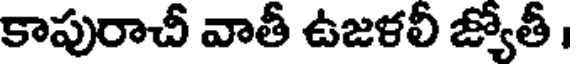
కాపురాచీ వాతీ ఉజళలీ జ్యోతీ